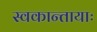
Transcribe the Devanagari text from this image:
स्वकान्तायाः